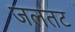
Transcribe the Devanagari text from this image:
जलतट